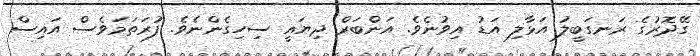
ގޭދޮރުގެ ރަނގަބީލު އަޅާލި އަޑު އިވުނެވެ. އަންބަރް ދިޔައީ ސިހިގެންނެވެ. ފުރަތަމަވެސް އައިސް